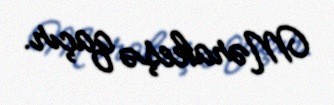
Mərakeşə qaçır.